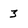
Character: 3